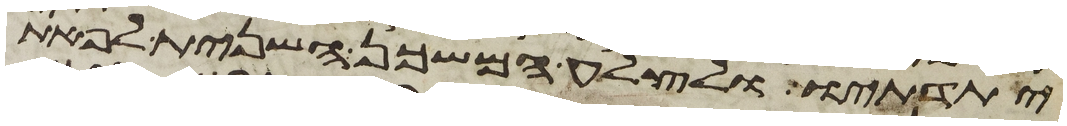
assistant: יתדתיו ולצלע המשכן השנית לפאת